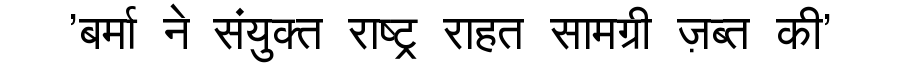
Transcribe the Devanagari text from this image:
'बर्मा ने संयुक्त राष्ट्र राहत सामग्री ज़ब्त की'